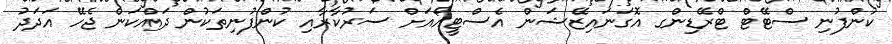
ކުންފުނި ސްޓޭޓް ޓްރޭޑިންގ އޮގަނައިޒޭޝަން އެސްޓީއޯއަށް ސަރުކާރާއި ކުންފުނިތަކުން ދައްކަން ޖެހޭ އަދަދު